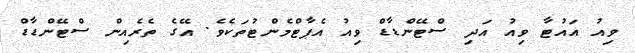
ވިއު އައުޓާ ވިއު އަދި ސްޓޭންޑާޑް ވިއު އެޕާޓްމެންޓުތަކެވެ. އޭގެ ތެރެއިން ސްޓޭންޑާޑް